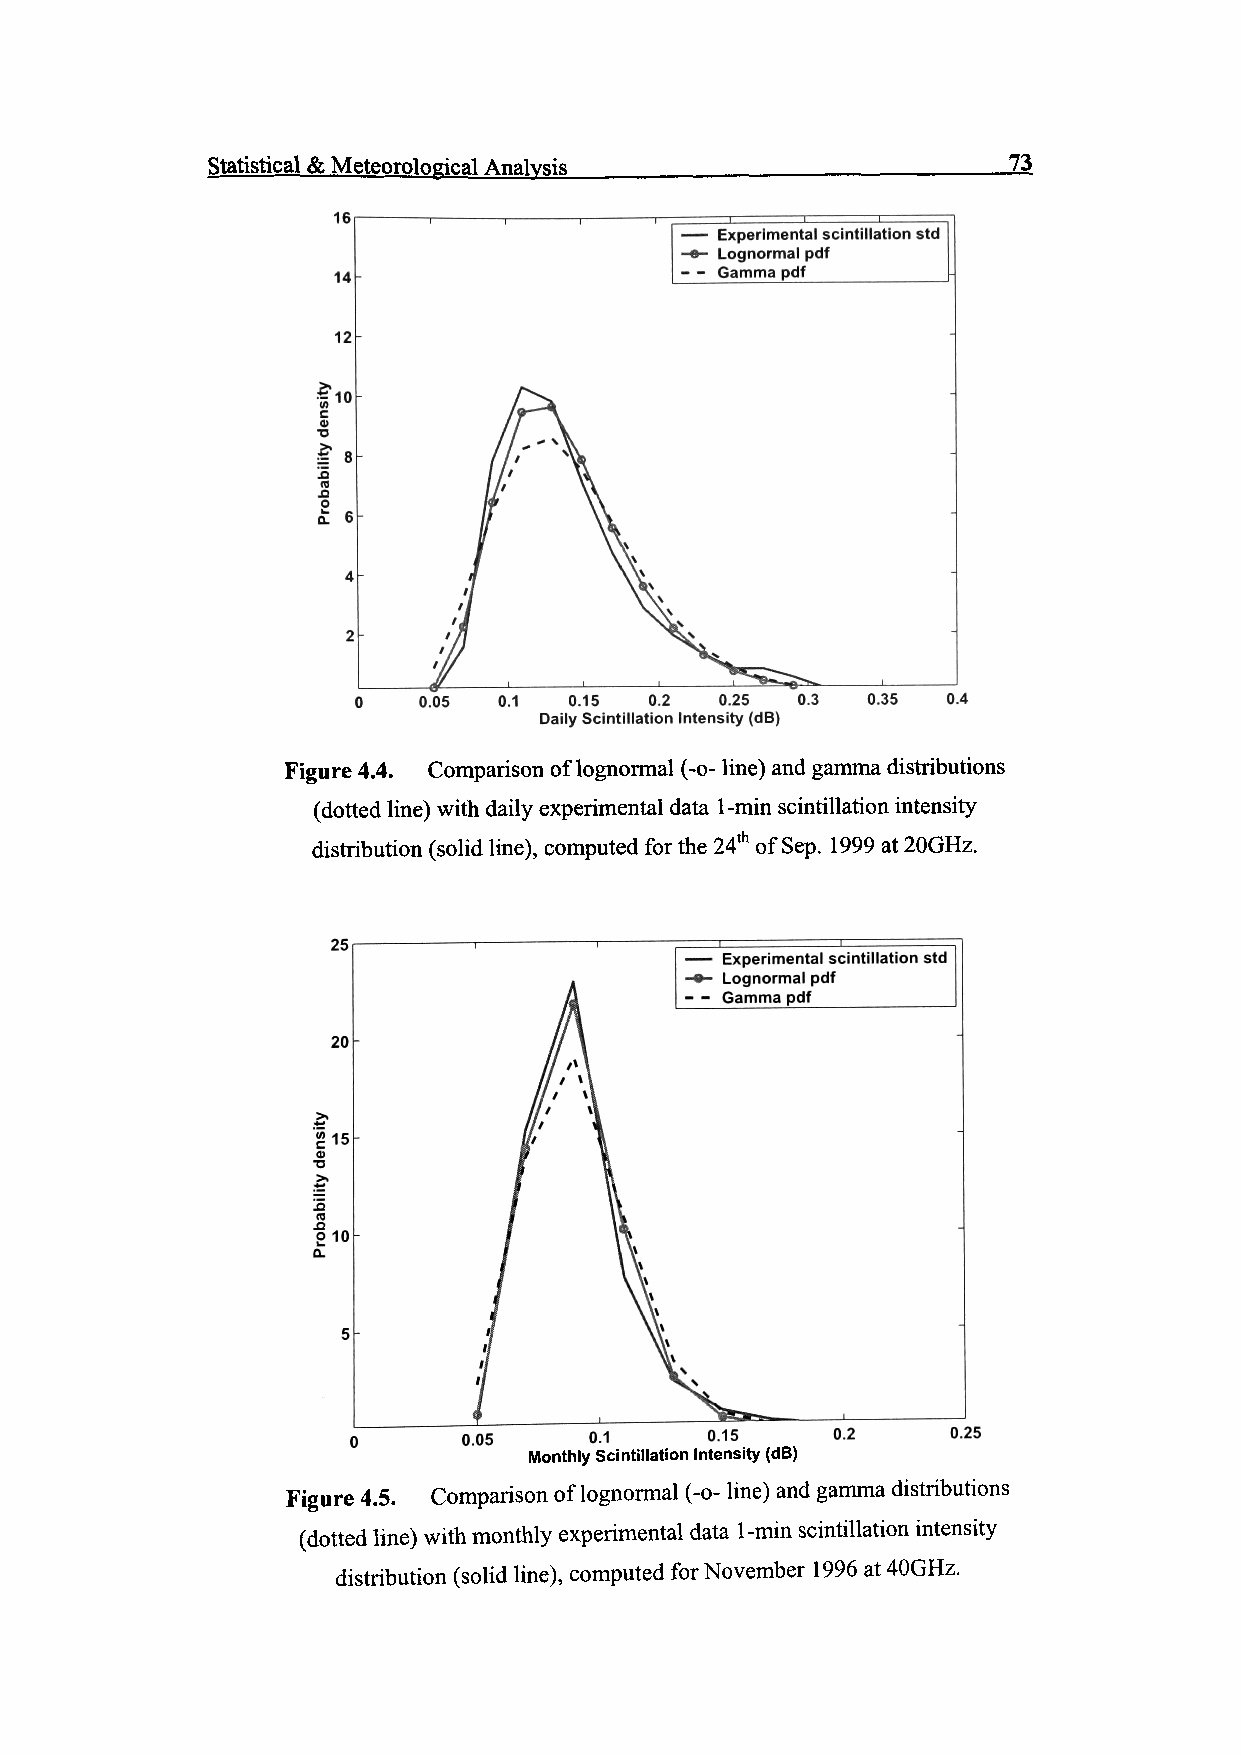
Statistical & Meteorological Analysis                73
 -  Experimental scintillation std
 -•- Lognormal pdf
 - - Gamma pdf
 0.1  0.15 0.2  0.25 0.3
 Daily Scintillation Intensity (dB)
 Figure 4.4. Comparison of lognormal (-o- line) and gamma distributions
 (dotted line) with daily experimental data 1-min scintillation intensity
 distribution (solid line), computed for the 24th of Sep. 1999 at 20GHz.
 25
 -  Experimental scintillation std
 -•- Lognormal pdf
 - - Gamma pdf___________
 20
 c '
 •o
 >>
 &
 o 10
 5-
 0.05    0.1     0.15    0.2     0.25
 Monthly Scintillation Intensity (dB)
 Figure 4.5. Comparison of lognormal (-o- line) and gamma distributions
 (dotted line) with monthly experimental data 1-min scintillation intensity
 distribution (solid line), computed for November 1996 at 40GHz.